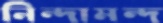
নিন্দামন্দ